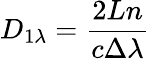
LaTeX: D_{1\lambda}=\frac{2Ln}{c\Delta\lambda}